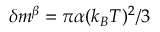
\delta m ^ { \beta } = \pi \alpha ( k _ { B } T ) ^ { 2 } / 3